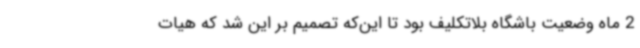
2 ماه وضعیت باشگاه بلاتکلیف بود تا این‌که تصمیم بر این شد که هیات